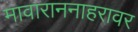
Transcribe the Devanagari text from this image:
मावाराननाहरावर